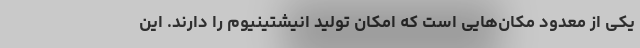
یکی از معدود مکان‌هایی است که امکان تولید انیشتینیوم را دارند. این